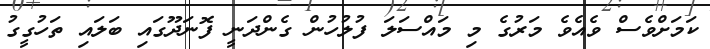
ކަމަށްވެސް ވެއެވެ މަރުގެ މި މައްސަލަ ފުލުހުން ގެންދަނީ ފޮނަދޫގައި ބަލައި ތަހުގީގު